Annual report of the Punjab Veterinary College and of the Civil Veterinary Department, Punjab - 1920-1925
Year: 1920
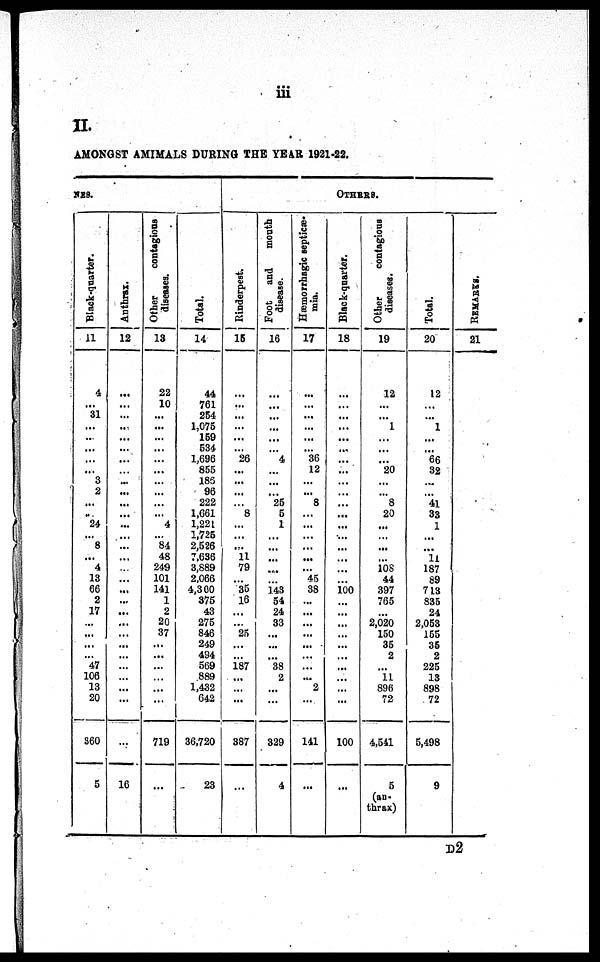
iii
II.
AMONGST AMI MALS DURI NG THE YEAR 1921-22.
NES.
Black-quarter.
11
4
...
31
...
...
...
...
...
3
2
...
...
24
...
8
...
4
13
66
2
17
...
...
...
...
47
106
13
20
360
5
Anthrax.
12
...
...
...
...
...
...
...
...
...
...
...
...
...
...
...
...
...
...
...
...
...
... ...
...
...
...
...
...
...
...
16
Other
contagious
diseases.
13
22
10
...
...
...
...
...
...
...
...
...
... 4
...
84
48
249
101
141
1
2
20
37
...
...
...
...
...
...
719
...
Total.
14
44
761
251
1, 075
159
534
1, 696
855
186
96
222
1, 661
1, 221
1, 725
2, 526
7, 636
3, 889
2, 066
4, 300
375
43
275
846
249
494
569
889
1, 432
642
36, 720
23
OTHERS.
Rinderpest.
15
...
...
...
...
...
... 26
...
...
...
...
8
...
...
...
11
79
... 35
16
... ...
25
...
187
...
...
...
387
...
Foot and mouth
disease.
16
...
...
...
...
...
...
4
...
...
...
25
5
1
...
...
...
...
...
143
54
24
33
...
...
38
2
...
...
329
4
Hæmorrhagic septicæ-
mia.
17
...
...
...
...
...
... 36
12
...
... 8
...
...
...
...
...
... 45
38
...
...
...
...
...
...
...
2
...
141
...
Black-quarter.
18
...
...
...
...
...
...
...
...
...
...
...
...
...
...
...
...
...
...
100
...
...
...
...
...
...
...
...
...
...
100
...
Other
contagious
diseases.
19
12
...
... 1
... ...
...
20
... ...
8
20
...
...
... ...
108
44
397
765
...
2, 020
150
35
2
... 11
896
72
4, 541
5
(an-
thrax)
Total.
20
12
...
... 1
...
...
66
32
...
... 41
33
1
...
... 11
187
89
713
835
24
2, 053
155
35
2
225
13
898
72
5, 498
9
REMARKS.
21
d2